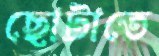
ছোটাতে